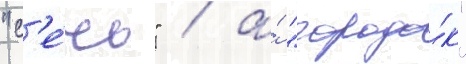
"с'е́чь" / а́ "городо́к"